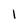
Character: l